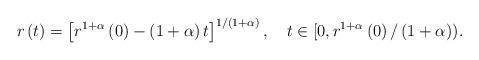
LaTeX: \begin{align*}r\left( t\right) =\left[ r^{1+\alpha}\left( 0\right) -\left(1+\alpha\right) t\right] ^{1/\left( 1+\alpha\right) },\ \ \ t\in\lbrack0,r^{1+\alpha}\left( 0\right) /\left( 1+\alpha\right) ). \end{align*}